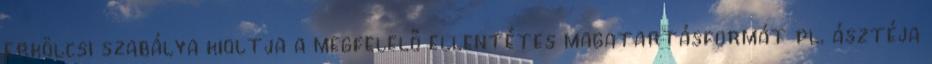
erkölcsi szabálya kioltja a megfelelő ellentétes magatartásformát pl. ásztéja